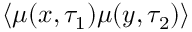
\left< \mu ( \boldsymbol { x } , \tau _ { 1 } ) \mu ( \boldsymbol { y } , \tau _ { 2 } ) \right>